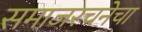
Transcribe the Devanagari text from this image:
समाजरचनेचा